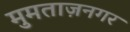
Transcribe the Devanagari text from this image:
मुमताज़नगर